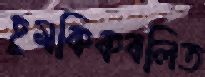
হুমকিকবলিত